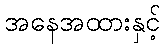
အနေအထားနှင့်